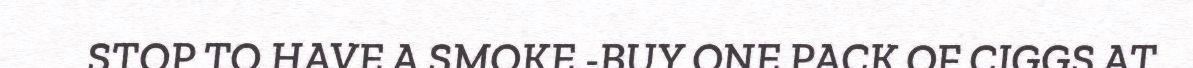
STOP TO HAVE A SMOKE.-BUY ONE PACK OF CIGGS AT